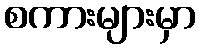
စကားများမှာ